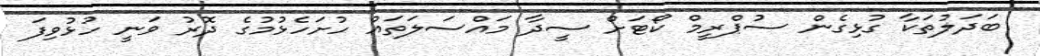
ބަދަލުތަކާ ގުޅިގެން ސުޕްރީމް ކޯޓަށް ސީދާ މައްސަލަތައް ހުށަހެޅުމުގެ ދޮރު ވަނީ ހުޅުވިފަ